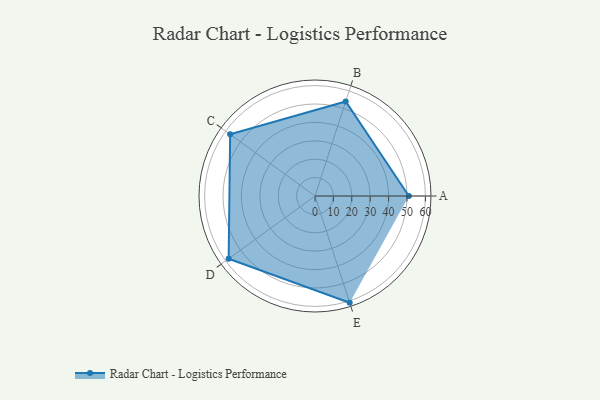
{"axis": {"x": "Skill", "y": "Score"}, "legend": ["Profile"], "data": [{"x": "A", "y": 51.0, "type": "Profile"}, {"x": "B", "y": 54.0, "type": "Profile"}, {"x": "C", "y": 57.0, "type": "Profile"}, {"x": "D", "y": 58.0, "type": "Profile"}, {"x": "E", "y": 61.0, "type": "Profile"}]}